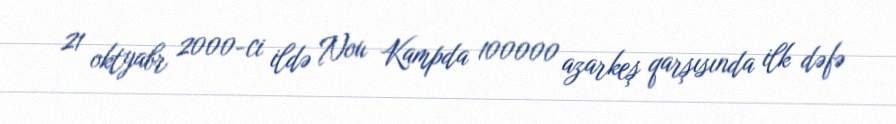
21 oktyabr 2000-ci ildə Nou Kampda 100000 azarkeş qarşısında ilk dəfə